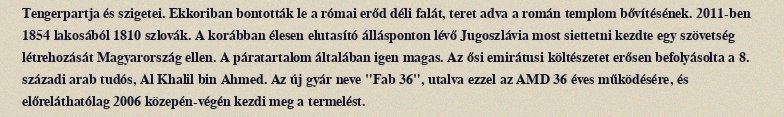
Tengerpartja és szigetei. Ekkoriban bontották le a római erőd déli falát, teret adva a román templom bővítésének. 2011-ben 1854 lakosából 1810 szlovák. A korábban élesen elutasító állásponton lévő Jugoszlávia most siettetni kezdte egy szövetség létrehozását Magyarország ellen. A páratartalom általában igen magas. Az ősi emirátusi költészetet erősen befolyásolta a 8. századi arab tudós, Al Khalil bin Ahmed. Az új gyár neve "Fab 36", utalva ezzel az AMD 36 éves működésére, és előreláthatólag 2006 közepén-végén kezdi meg a termelést.